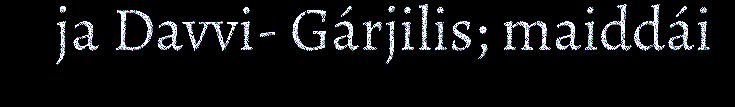
ja Davvi- Gárjilis; maiddái